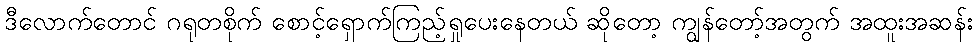
ဒီလောက်တောင် ဂရုတစိုက် စောင့်ရှောက်ကြည့်ရှုပေးနေတယ် ဆိုတော့ ကျွန်တော့်အတွက် အထူးအဆန်း